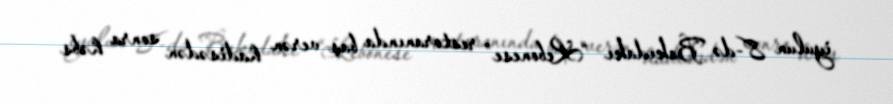
iyulun 8-də Bakıdakı “Lebonese” restoranında baş verən hadisədən sonra həbs